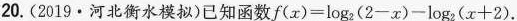
20.(2019·河北衡水模拟)已知函数f(x)=log2(2-。x)-log2(x+2)。